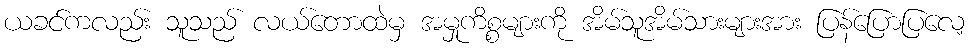
ယခင်ကလည်း သူသည် လယ်တောထဲမှ အမှုကိစ္စများကို အိမ်သူအိမ်သားများအား ပြန်ပြောပြလေ့